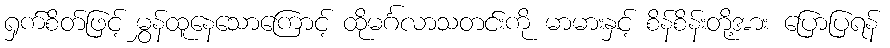
ရှက်စိတ်ဖြင့် မွှန်ထူနေသောကြောင့် ထိုမင်္ဂလာသတင်းကို မာမားနှင့် စိန်စိန်းတို့အား ပြောပြရန်